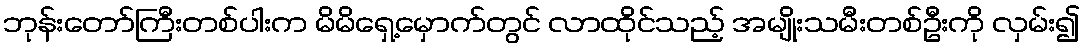
ဘုန်းတော်ကြီးတစ်ပါးက မိမိရှေ့မှောက်တွင် လာထိုင်သည့် အမျိုးသမီးတစ်ဦးကို လှမ်း၍